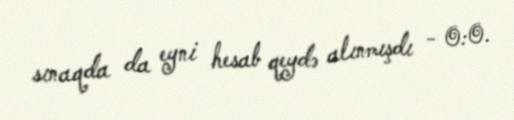
sınaqda da eyni hesab qeydə alınmışdı - 0:0.